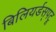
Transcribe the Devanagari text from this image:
बिलियर्डस्‌पटू